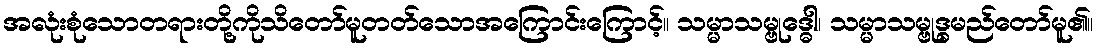
အလုံးစုံသောတရားတို့ကိုသိတော်မူတတ်သောအကြောင်းကြောင့်။ သမ္မာသမ္ဗုဒ္ဓေါ၊ သမ္မာသမ္ဗုဒ္ဓမည်တော်မူ၏။